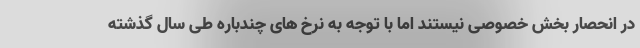
در انحصار بخش خصوصی نیستند اما با توجه به نرخ های چندباره طی سال گذشته